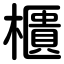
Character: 櫃